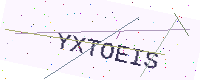
Text: YXTOEIS